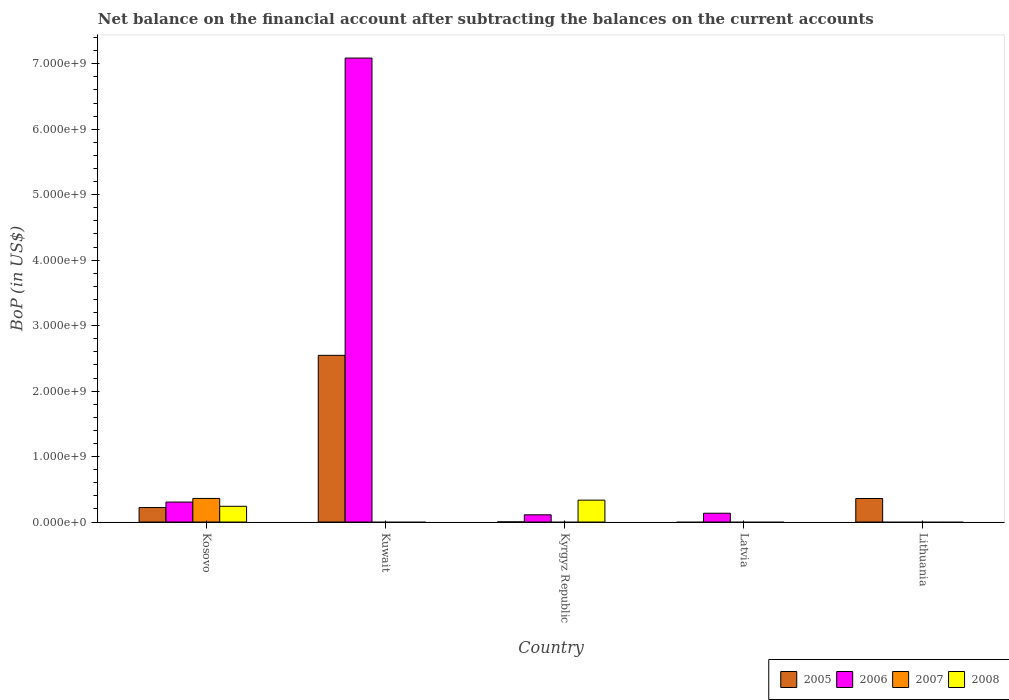
| Country | 2005 | 2006 | 2007 | 2008 |
 | --- | --- | --- | --- | --- |
 | Kosovo | 2.21e+08 | 3.05e+08 | 3.6e+08 | 2.41e+08 |
 | Kuwait | 2.55e+09 | 7.09e+09 | -4.73e+09 | -1e+10 |
 | Kyrgyz Republic | 2.12e+06 | 1.1e+08 | -4.76e+08 | 3.34e+08 |
 | Latvia | -2.92e+08 | 1.35e+08 | -2.16e+08 | -5.91e+08 |
 | Lithuania | 3.6e+08 | -2.55e+08 | -1.49e+08 | -4.73e+07 |